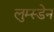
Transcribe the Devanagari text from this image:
लुम्स्डेन